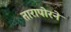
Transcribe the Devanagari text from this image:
तारापोरने